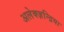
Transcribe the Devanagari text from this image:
अलेक्ज़न्द्रिया